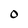
Character: 0